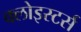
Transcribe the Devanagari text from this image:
क्लोइस्टर्स